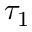
\tau _ { 1 }